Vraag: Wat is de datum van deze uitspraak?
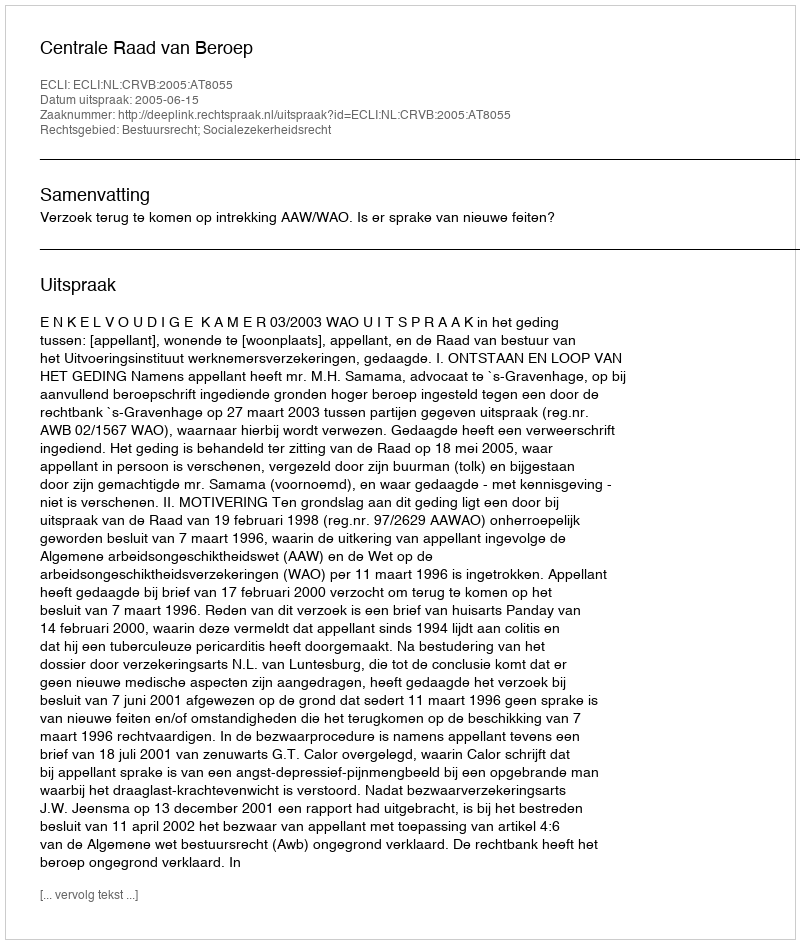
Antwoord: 2005-06-15